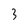
Character: 3